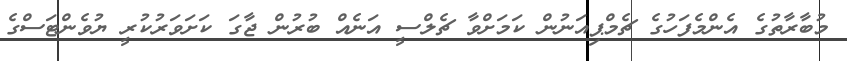
މުބާރާތުގެ އެންމެފަހުގެ ޗެމްޕިއަނުން ކަމަށްވާ ޗެލްސީ އަނެއް ބުރުން ޖާގަ ކަށަވަރުކުރީ ޔުވެންޓަސްގެ